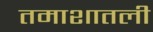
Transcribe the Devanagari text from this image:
तमाशातली